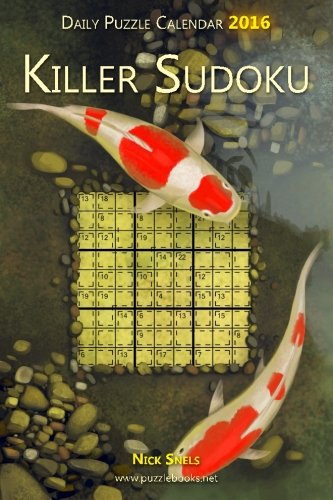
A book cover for Daily Killer Sudoku Puzzle Calendar 2016 (Daily Puzzle Calendar 2016); Nick Snels; Calendars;